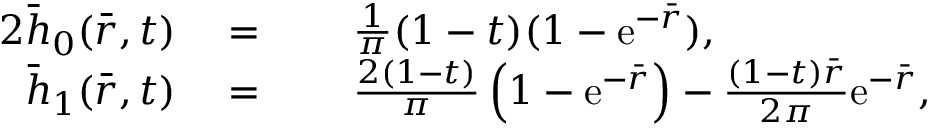
\begin{array} { r l r l } { { 2 } \bar { h } _ { 0 } ( \bar { r } , t ) } & { \; = } & & { \; \frac { 1 } { \pi } ( 1 - t ) ( 1 - \mathrm { e } ^ { - \bar { r } } ) , } \\ { \bar { h } _ { 1 } ( \bar { r } , t ) } & { \; = } & & { \; \frac { 2 ( 1 - t ) } { \pi } \left( 1 - \mathrm { e } ^ { - \bar { r } } \right) - \frac { ( 1 - t ) \bar { r } } { 2 \pi } \mathrm { e } ^ { - \bar { r } } , } \end{array}